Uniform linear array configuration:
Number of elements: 8
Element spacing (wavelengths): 0.75
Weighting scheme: uniform
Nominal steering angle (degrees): -30
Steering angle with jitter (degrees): -28.587
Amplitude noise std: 0.05
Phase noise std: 0.05

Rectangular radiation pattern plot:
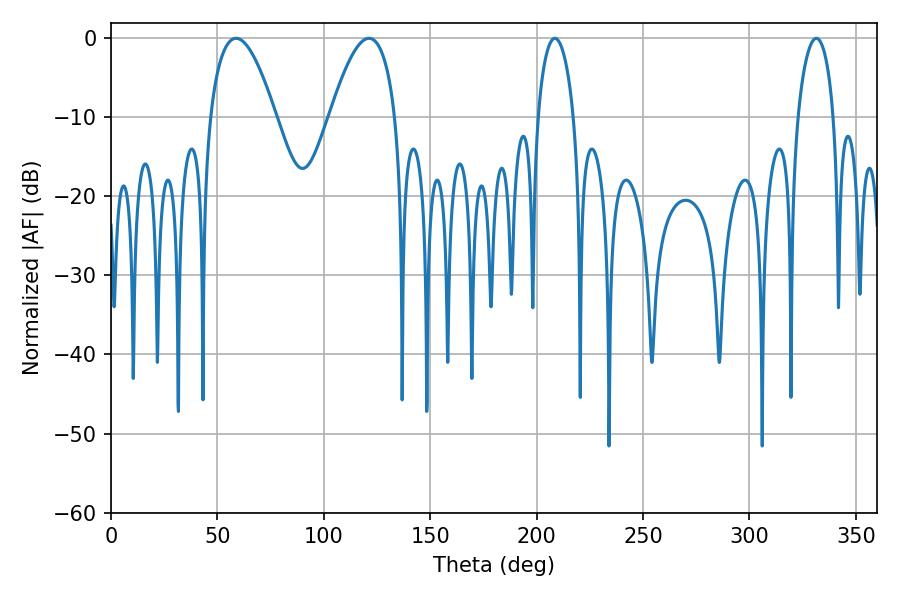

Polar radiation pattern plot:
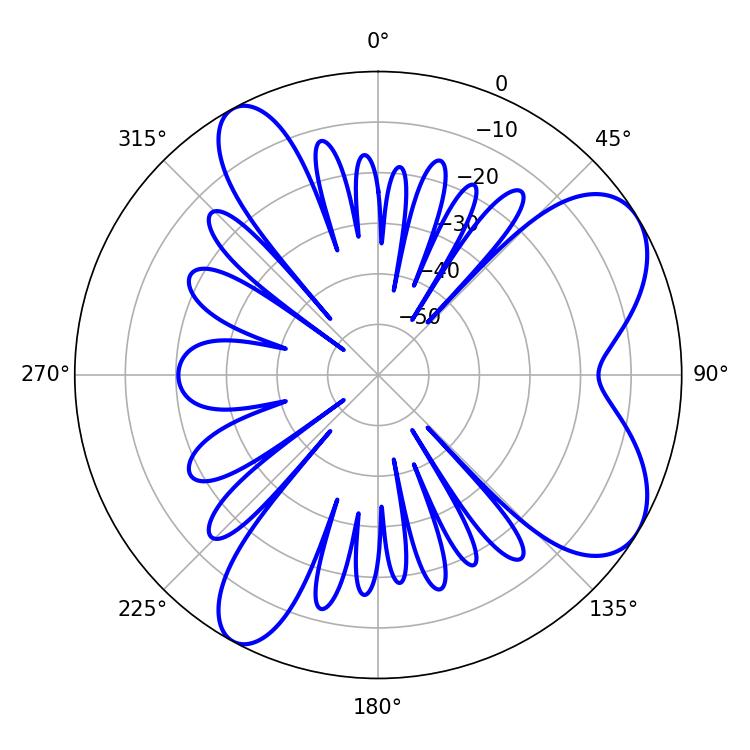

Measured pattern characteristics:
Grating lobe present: TRUE
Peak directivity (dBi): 7.23
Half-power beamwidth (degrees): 9.54
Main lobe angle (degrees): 208.62